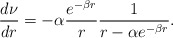
\begin{align*}\frac{d\nu}{dr}=-\alpha\frac{e^{-\beta r}}{r}\frac{1}{r-\alpha e^{-\beta r}}.\end{align*}